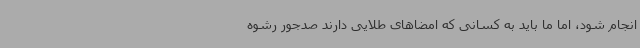
انجام شود، اما ما باید به کسانی که امضاهای طلایی دارند صدجور رشوه